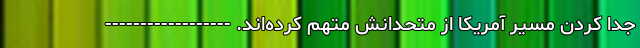
جدا کردن مسیر آمریکا از متحدانش متهم کرده‌اند. ------------------